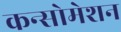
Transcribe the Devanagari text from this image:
कन्सोमेशन